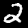
Digit: 2